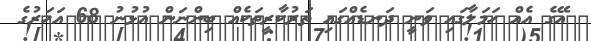
އޭގެ އެއް ހަމަލާގައި ވަނީ ދަނޑެއްގައި ތަރުކާރީތަކެއް ބިންނަން އުޅުނު 68 އަހަރުގެ